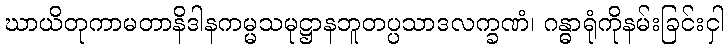
ဃာယိတုကာမတာနိဒါနကမ္မသမုဋ္ဌာနဘူတပ္ပသာဒလက္ခဏံ၊ ဂန္ဓာရုံကိုနမ်းခြင်းငှါ